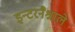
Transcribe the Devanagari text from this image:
इन्टरनैश्नाले